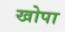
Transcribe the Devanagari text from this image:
खोपा